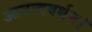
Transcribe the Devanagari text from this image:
आनन्दवर्धन।